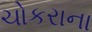
ચોકરાના